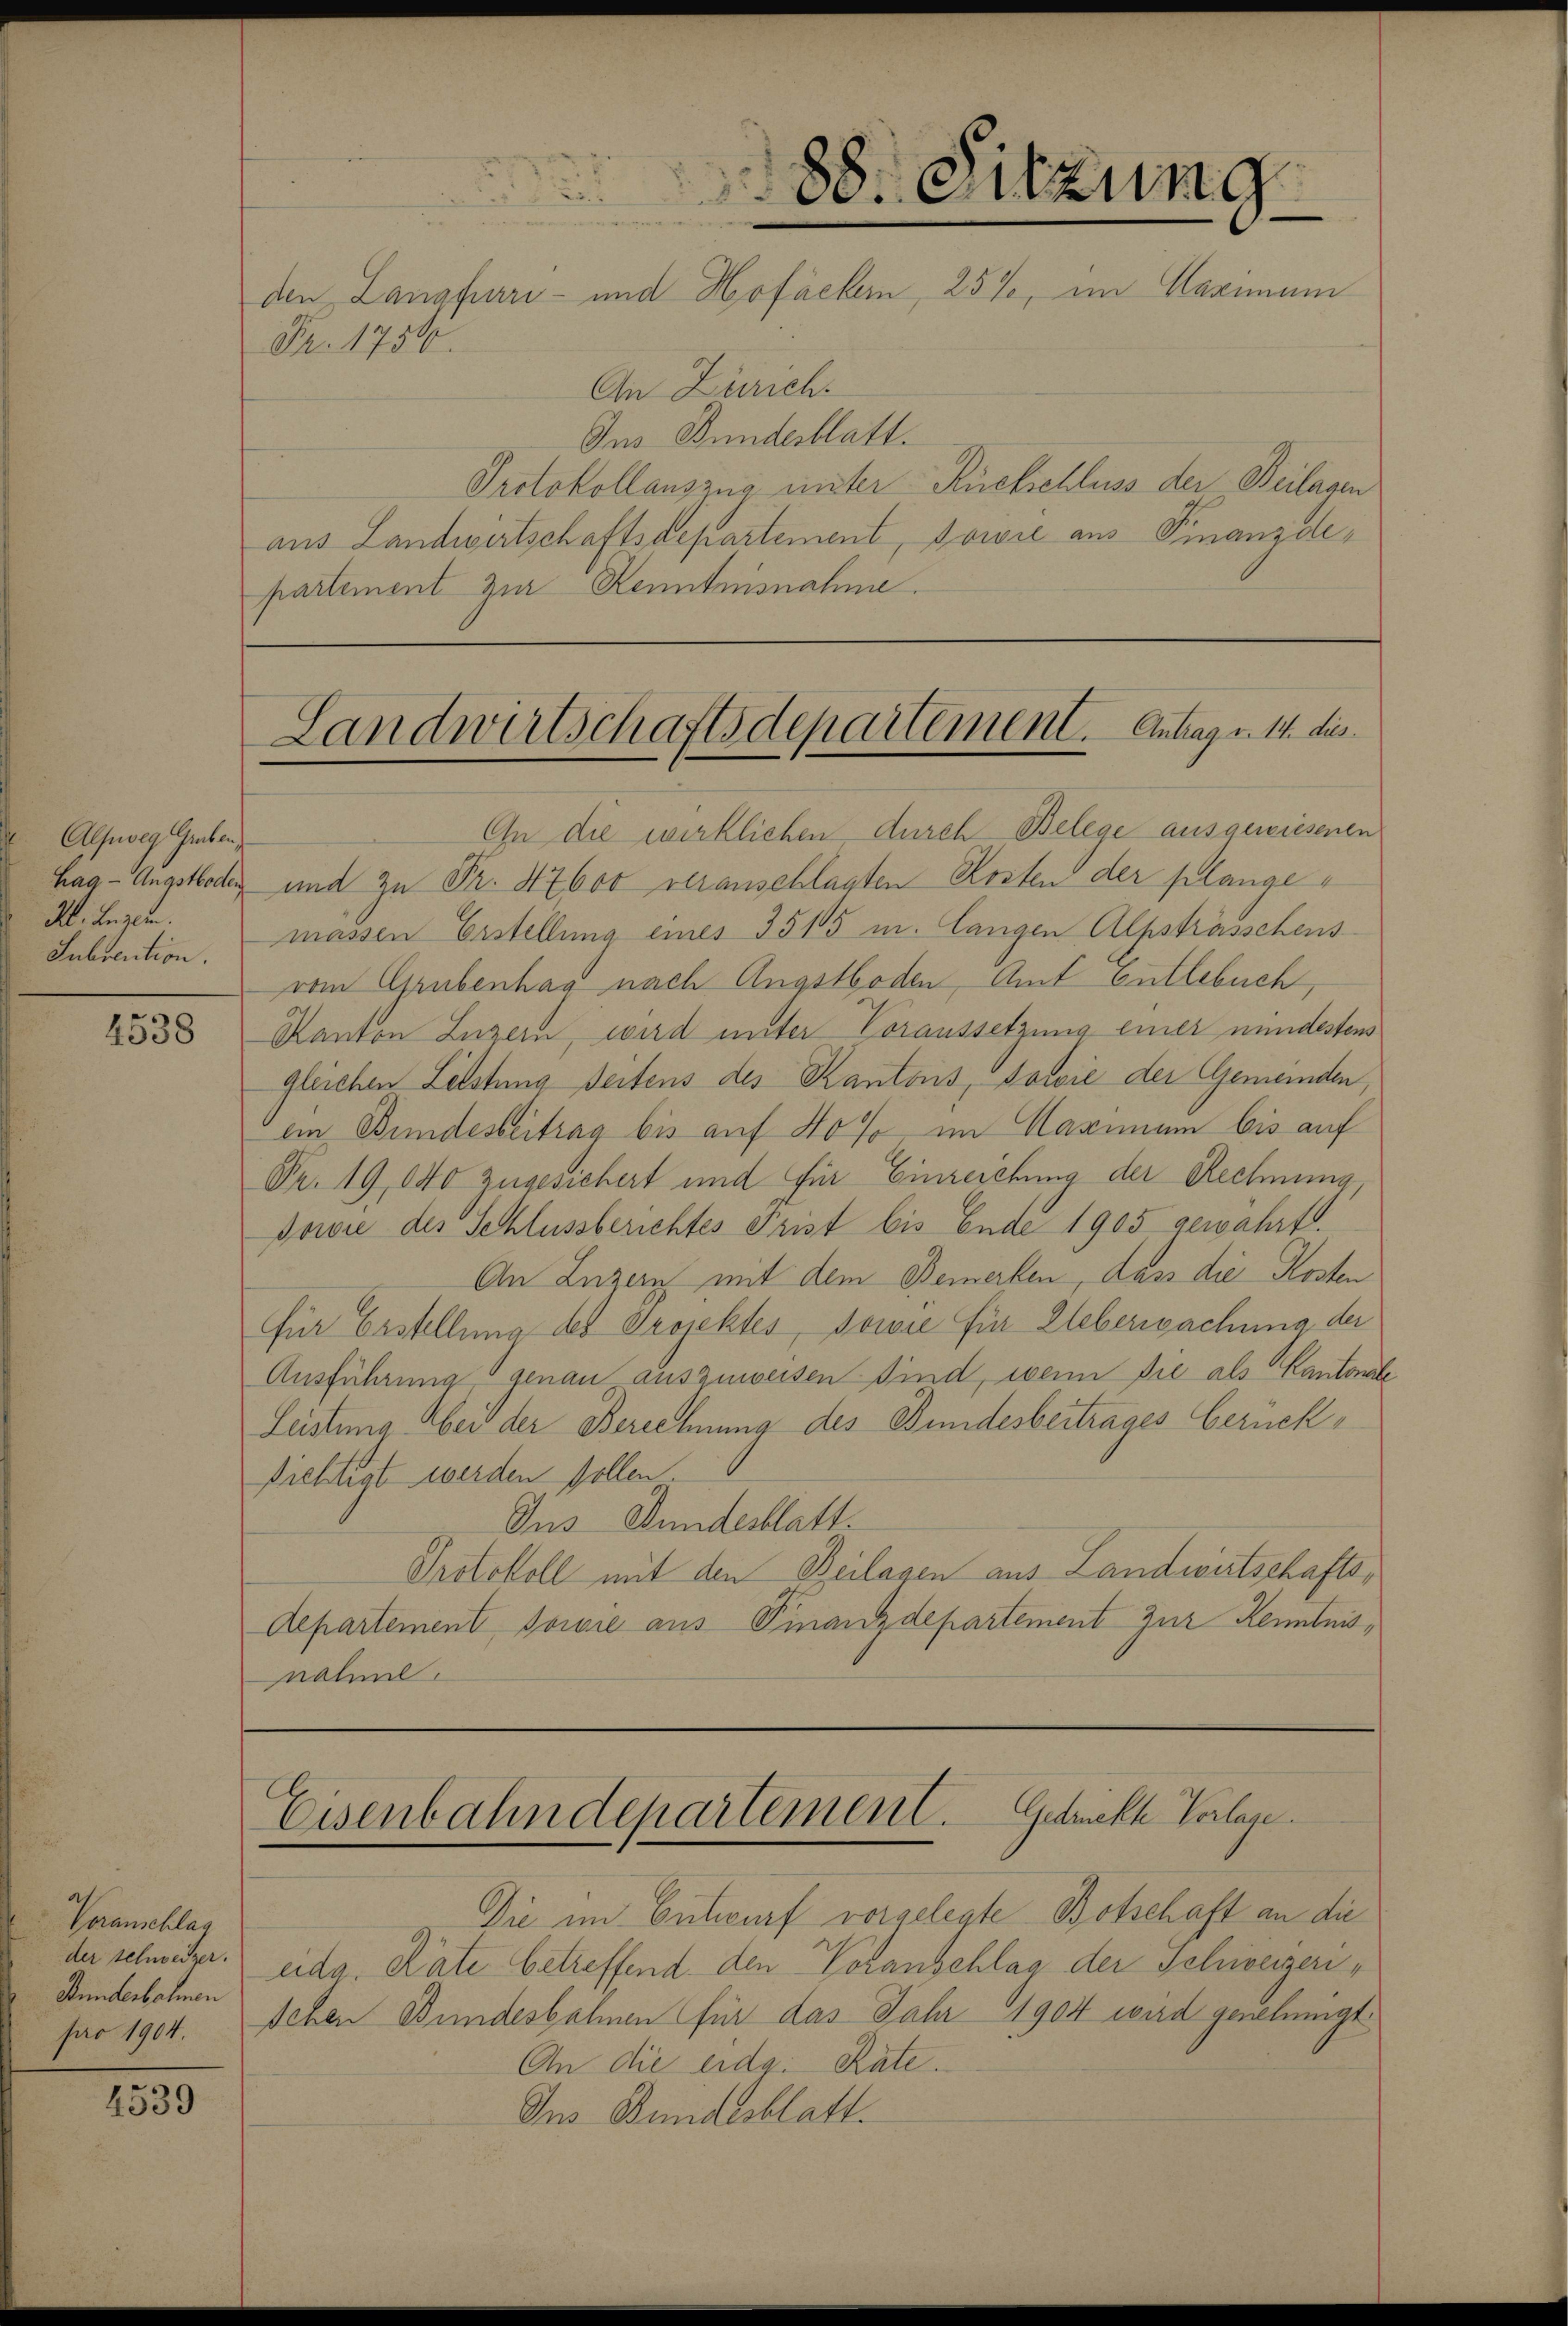
Alfweg Gruben,
Kl. Luzern.
Subvention.

4538

Voranschlag
der schweizer.
Stunderbahnen
pro 1904.

4539

partement zur Kenntnisnahme.

In die wirklichen durch Belege ausgewiesenen
hag - Angsthoden und zu Fr. 47600 veranschlagten Kosten der plangemassen Erstellung eines 3515 u. langen Alpsträsschens
vom Grubenhag nach Angstboden, Amt entlebuch,
Kanton Luzern, wird unter Voraussetzung einer mindestens
gleichen Leistung seitens des Kantons, sowie der Gemeinden,
ein Bundesbeitrag bis auf 40% im Maximum bis auf
Nr. 19, 840 zugesichert und für Einreichung der Rechnung,
Sowie des Schlussberichtes Frist bis Ende 1905 gewahrt.
An Luzern mit dem Bemerken, dass die Kosten
für Erstellung des Projektes, sowie für Ueberwachung der
Ausführung genau auszuweisen sind, wenn die als Kantonale
Leistung bei der Berechnung des Bundesbertrages berück¬
Richtigt werden sollen
Ius Bundesblatt.
Protokoll mit den Beilagen aus Landwirtschafts¬
Aepartement sowie aus Finanzdepartement zur Kenntnisnähme.

88. Sitzung
e
den Langhard- und Hofackern, 25%, im Maximum
Fr. 17560.
An Zürich.
Ins Bundesblatt.
Protokollauszug unter Rückschluss der Beilagen
aus Landwirtschaftsdepartement, sowie aus Finanzdi¬

Landwirtschaftsdepartement. Antrag v. 14. dies

Eisenbahndepartement. Getrickte Vorlage.

Die im Entwurf vorgelegte Botschaft an die
eida. Räte betreffend den Voranschlag der Schweizerisehen Bundesbahnen für das Jahr 1904 wird genehmigt
An die eidg. Räte.
Ins Bundesblatt.